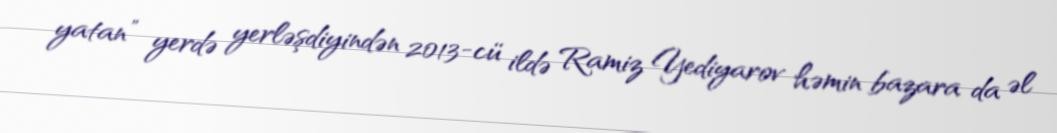
yatan” yerdə yerləşdiyindən 2013-cü ildə Ramiz Yediyarov həmin bazara da əl